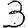
Digit: 3